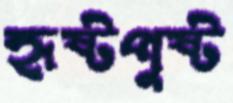
হৃষ্টপুষ্ট